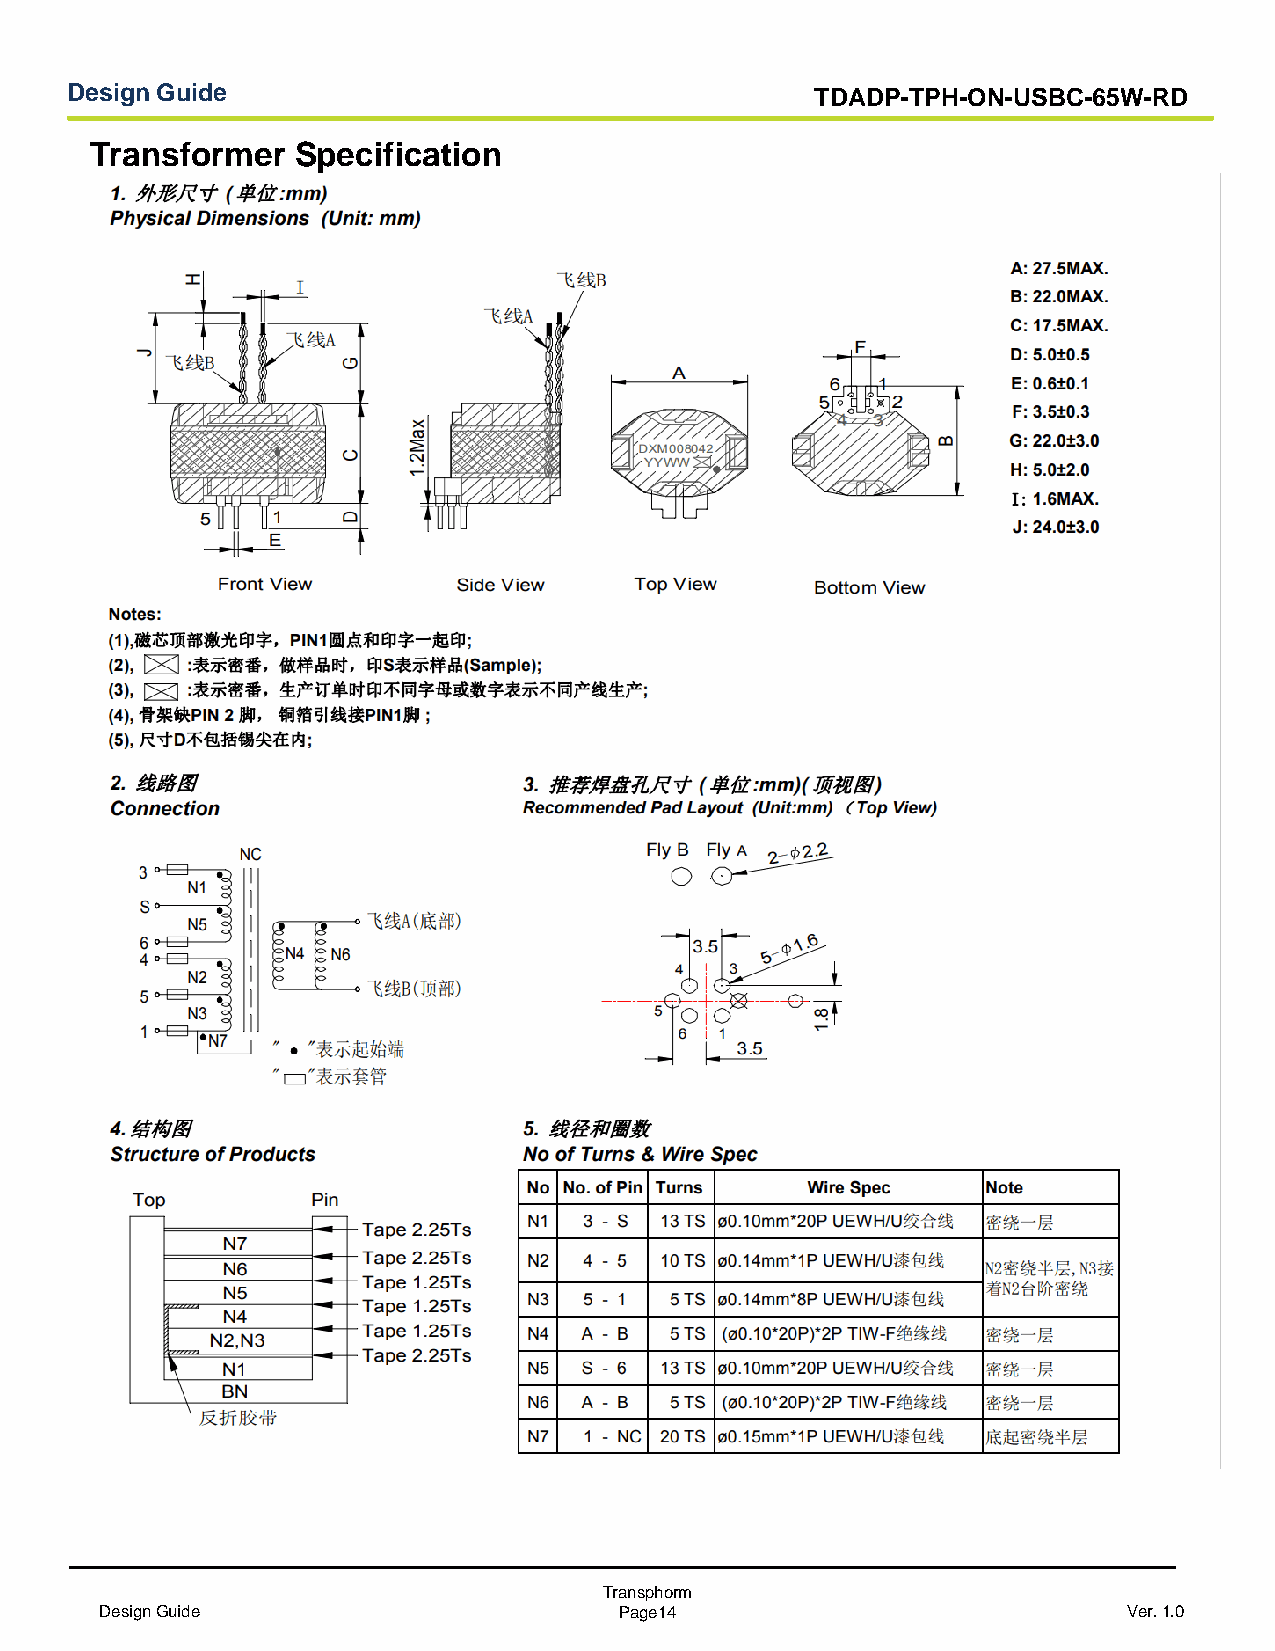
Design Guide                                      TDADP-TPH-ON-USBC-65W-RD
 Transformer  Specification
 Transphorm
 Design Guide                      Page14                            Ver. 1.0